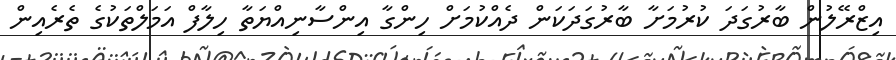
އިޒްރޭލުން ބާރުގަދަ ކުރުމަށާ ބާރުގަދަކަން ދެއްކުމަށް ހިންގާ އިންސާނިއްޔަތާ ހިލާފް އަމަލްތަކުގެ ތެރެއިން